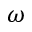
\omega